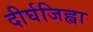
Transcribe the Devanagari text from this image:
दीर्घजिह्वा